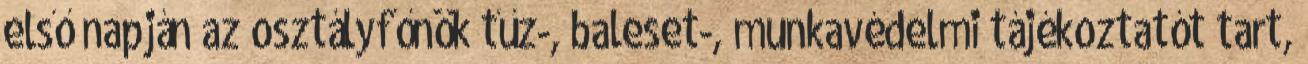
első napján az osztályfőnök tűz-, baleset-, munkavédelmi tájékoztatót tart,